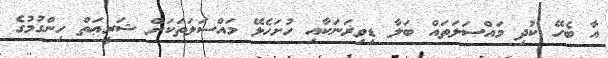
އާ ބެހޭ ކުދި މައްސަލަތައް ބަލާ ޑިވިޜަނަކާއި ހުށަހެޅޭ މައްސަލަތަކަށް ޝަރީޢަތް ހިންގުމުގެ